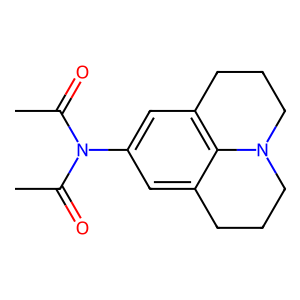
SMILES: CC(=O)N(C(C)=O)c1cc2c3c(c1)CCCN3CCC2
Inhibits HIV replication: No